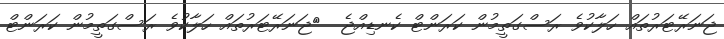
ޖަނަރޭޓަރުތައް ހަލާކުވެ ރަސްގަތީމުން ކަރަންޓް ކެނޑިއްޖެ  	ޖަނަރޭޓަރުތައް ހަލާކުވެ ރަސްގަތީމުން ކަރަންޓް